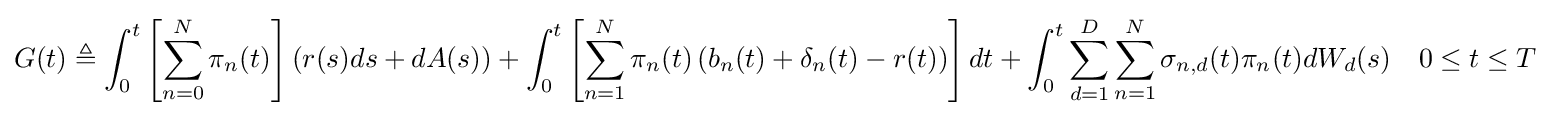
G(t)\triangleq \int _{0}^{t}\left[\sum _{n=0}^{N}\pi _{n}(t)\right]\left(r(s)ds+dA(s)\right)+\int _{0}^{t}\left[\sum _{n=1}^{N}\pi _{n}(t)\left(b_{n}(t)+\mathbf {\delta } _{n}(t)-r(t)\right)\right]dt+\int _{0}^{t}\sum _{d=1}^{D}\sum _{n=1}^{N}\mathbf {\sigma } _{n,d}(t)\pi _{n}(t)dW_{d}(s)\quad 0\leq t\leq T